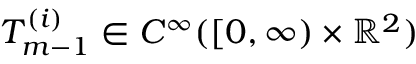
T _ { m - 1 } ^ { ( i ) } \in C ^ { \infty } ( [ 0 , \infty ) \times \ensuremath { \mathbb { R } } ^ { 2 } )